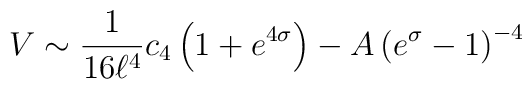
V\sim{1\over 16 \ell^4}c_4\left(1+e^{4\sigma}\right)-A\left(e^\sigma-1\right)^{-4}